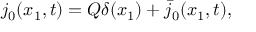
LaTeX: j _ { 0 } ( x _ { 1 } , t ) = Q \delta ( x _ { 1 } ) + \bar { j } _ { 0 } ( x _ { 1 } , t ) ,